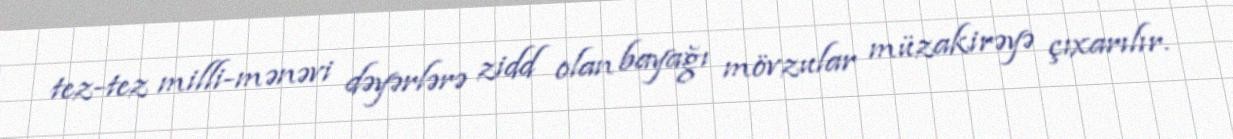
tez-tez milli-mənəvi dəyərlərə zidd olan bayağı mövzular müzakirəyə çıxarılır.